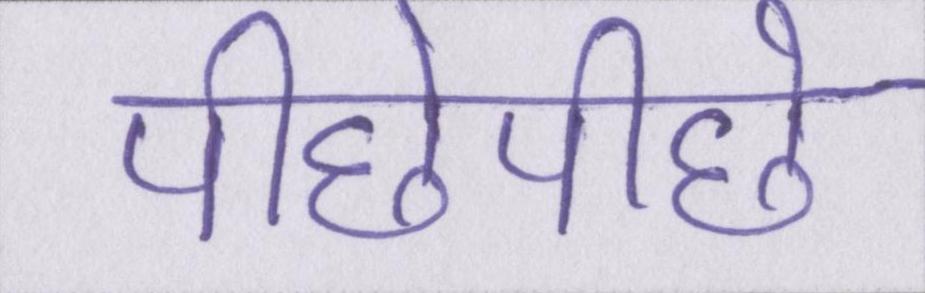
पीछेपीछे